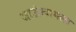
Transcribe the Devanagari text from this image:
जाऊंलागला